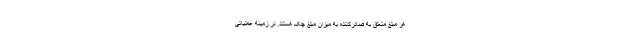
هر مبلغ متعلق به صادرکننده به میزان مبلغ چک هستند. در زمینه عملیاتی